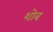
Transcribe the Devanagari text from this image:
शोव